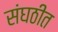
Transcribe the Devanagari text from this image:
संघठीत